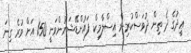
ޢީދުގެ ދެ ތިން ދުވަސްކުރިން އިސްލާމިކް ފައުންޑޭޝަނުންވަނީ 150 އަށް ވުރެ ގިނަ